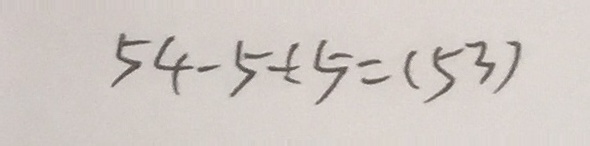
5 4 - 5 \div 5 = ( 5 3 )